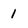
Character: 1